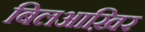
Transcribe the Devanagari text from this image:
बिलआख़िर